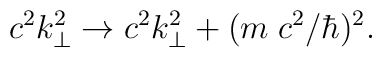
c^2 k_\perp^2 \to  c^2 k_\perp^2 + (m \; c^2/\hbar)^2.